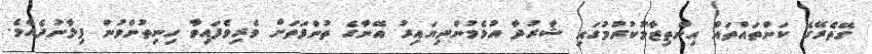
ގޭތެރޭގެ ކަންތައްތައް އިންތިޒާމުކުރުމުގައި ޝާރުދާ އުޅެމުންދިޔައިރު އޭނާގެ ތުންފަތަށް ވެރިވެފައިވާ ހިނިތުންވުން ފިލާނުދެއެވެ.